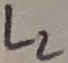
Text: L2